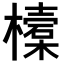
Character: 𣝔